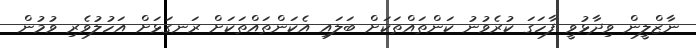
ނާޒްލީން ވިދާޅުވީ ފާހަގަ ކުރެވުނު ކަންތައްތަކަށް ބަލައި އެކަންތައްތަކަށް ރަނގަޅަށް އަހުލުވެރި ވުމުން